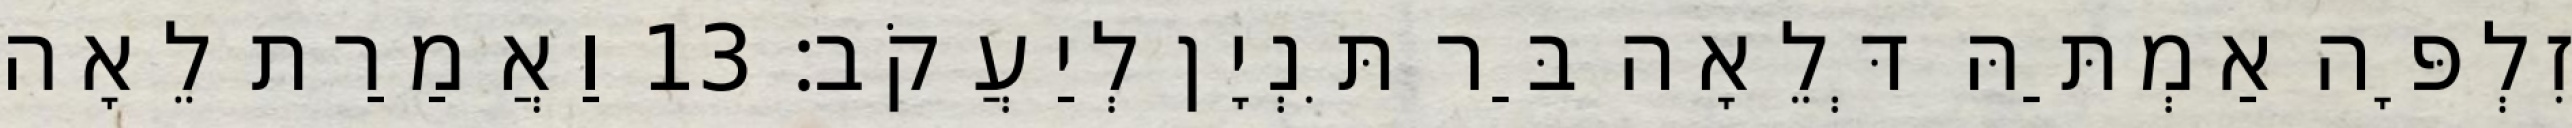
זִלְפָּה אַמְתַּהּ דְּלֵאָה בַּר תִּנְיָן לְיַעֲקֹב׃ 13 וַאֲמַרַת לֵאָה